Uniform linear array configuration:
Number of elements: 8
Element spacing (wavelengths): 0.5
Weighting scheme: exponential
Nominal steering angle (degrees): -60
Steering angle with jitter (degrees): -61.216
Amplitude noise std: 0.05
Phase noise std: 0.05

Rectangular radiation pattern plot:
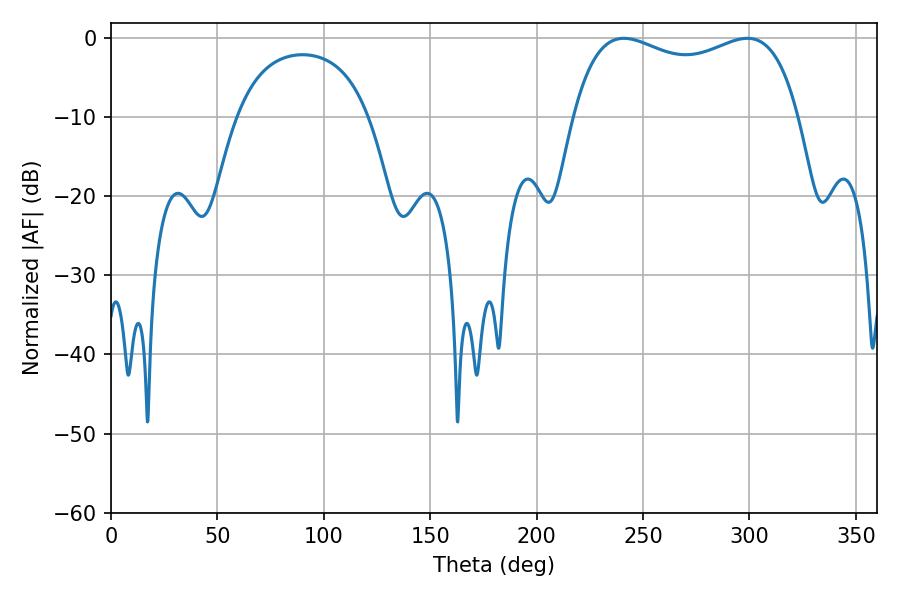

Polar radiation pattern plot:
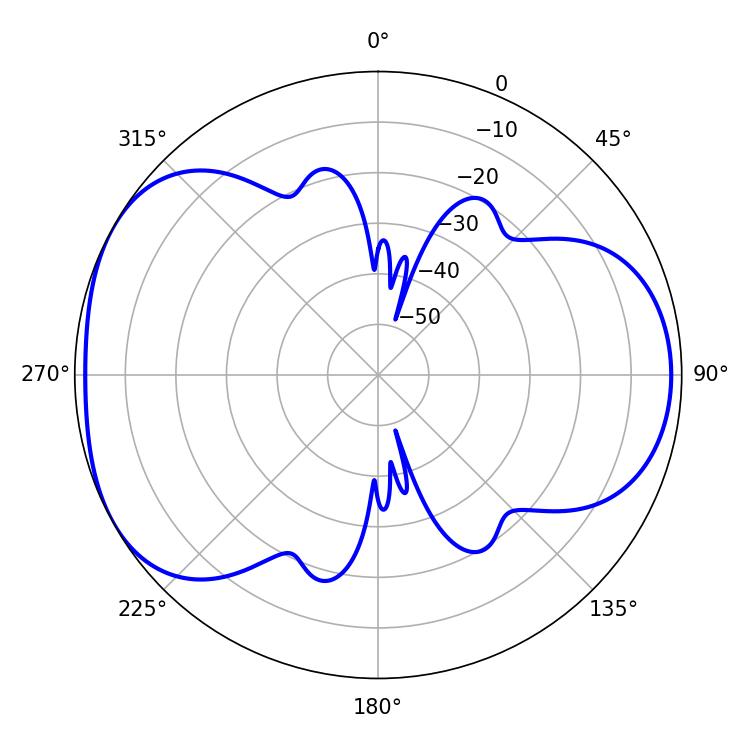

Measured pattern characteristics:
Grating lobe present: FALSE
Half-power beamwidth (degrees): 87.12
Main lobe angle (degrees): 241.02